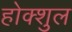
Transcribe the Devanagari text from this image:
होक्शुल